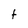
Character: L